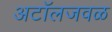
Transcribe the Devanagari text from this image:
अटॉलजवळ